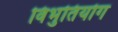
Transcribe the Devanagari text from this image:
विभुतियोग